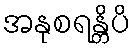
အနုစရန္တိပိ